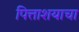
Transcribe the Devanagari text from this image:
पित्ताशयाचा